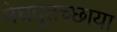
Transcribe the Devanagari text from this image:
मेघदूतच्छाया